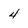
Character: 4